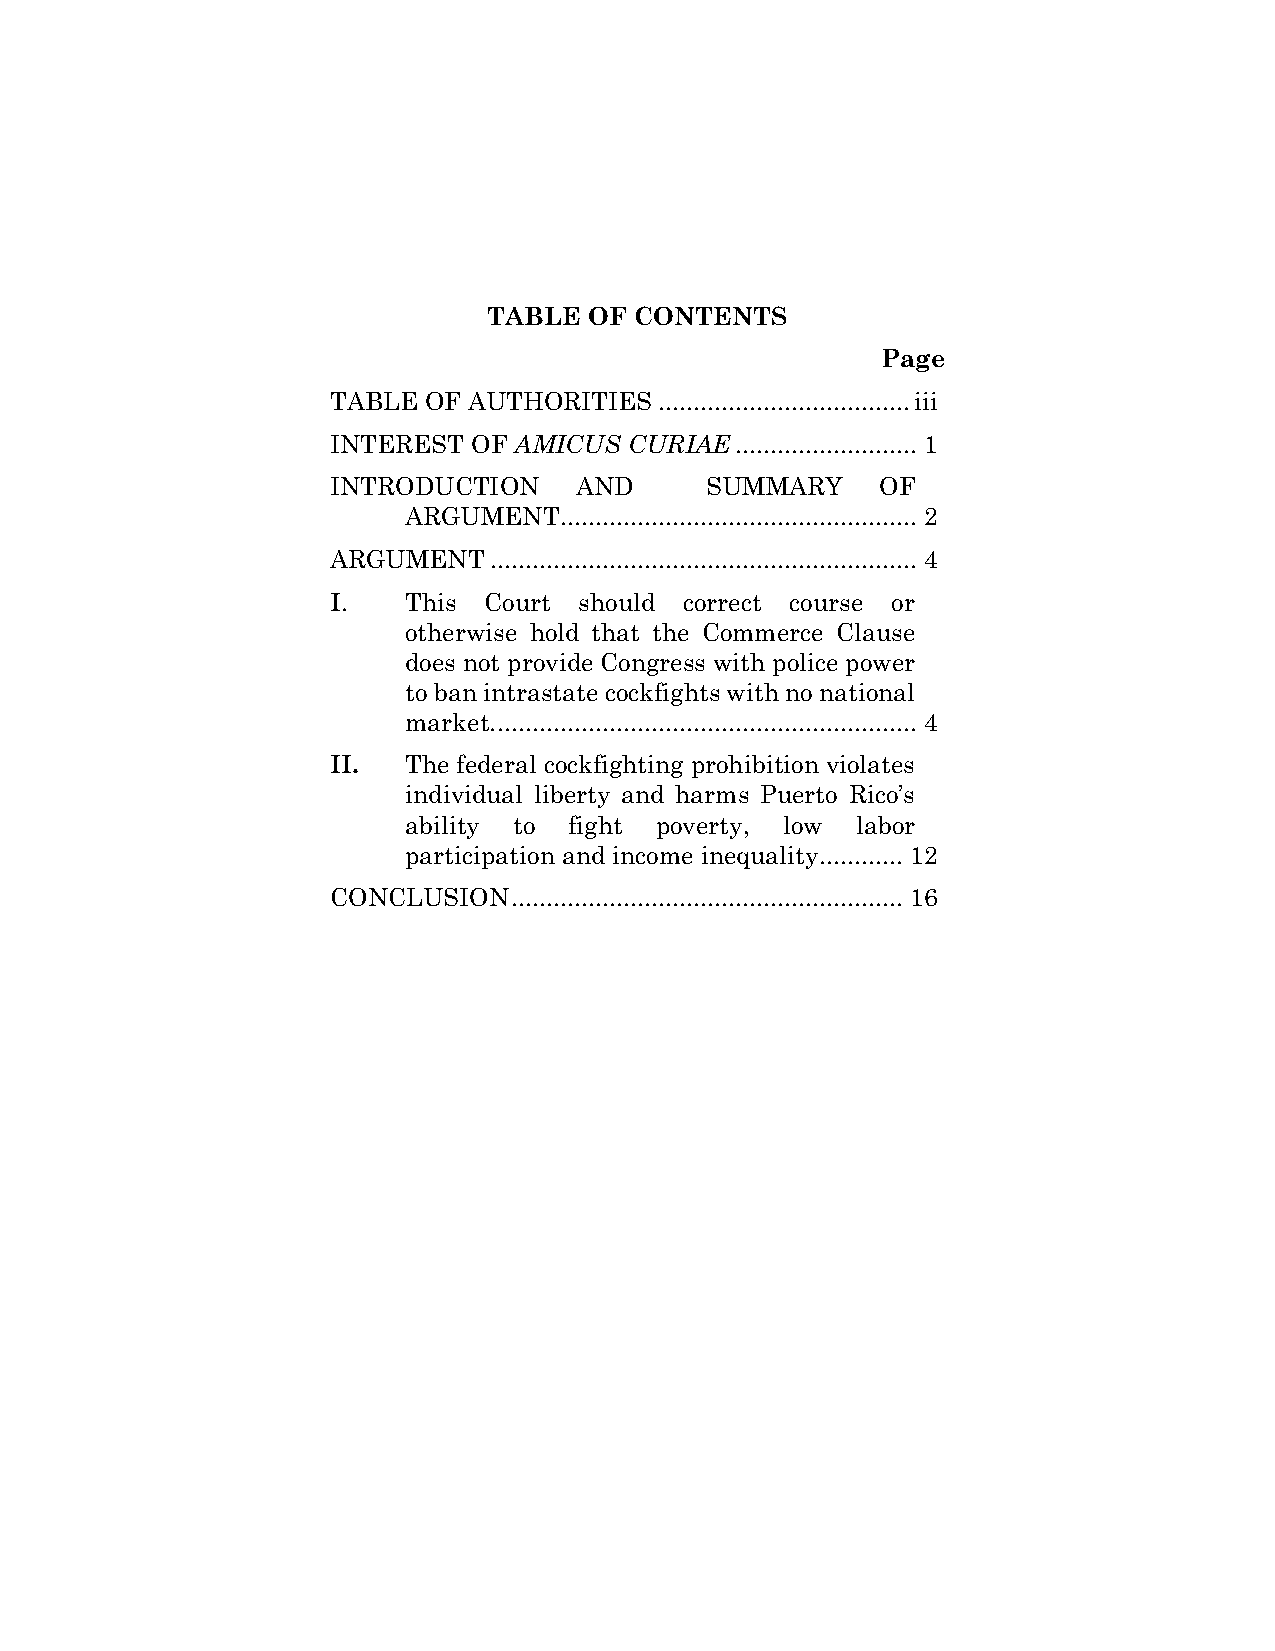
TABLE  OF CONTENTS
 Page
 TABLE OF AUTHORITIES  .................................... iii
 INTEREST OF AMICUS  CURIAE .......................... 1
 INTRODUCTION    AND      SUMMARY    OF
 ARGUMENT  ................................................... 2
 ARGUMENT  ............................................................. 4
 I.   This Court should correct course or
 otherwise hold that the Commerce Clause
 does not provide Congress with police power
 to ban intrastate cockfights with no national
 market. ............................................................ 4
 II.  The federal cockfighting prohibition violates
 individual liberty and harms Puerto Rico’s
 ability to fight poverty, low labor
 participation and income inequality ............ 12
 CONCLUSION  ........................................................ 16